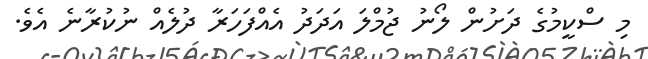
މި ސްކީމުގެ ދަށުން ލޯނު ޖުމްލަ އަދަދު އެއްފަހަރާ ދުލެއް ނުކުރާނެ އެވެ.